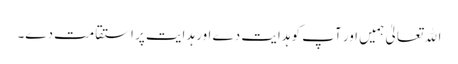
اﷲ تعالیٰ ہمیں اور آپ کو ہدایت دے اور ہدایت پر استقامت دے۔